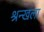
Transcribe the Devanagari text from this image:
श्रन्खला